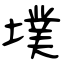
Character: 墣